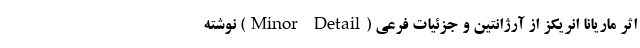
اثر ماریانا انریکز از آرژانتین و جزئیات فرعی (Minor Detail) نوشته